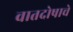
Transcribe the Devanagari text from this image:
वातदोषाचे